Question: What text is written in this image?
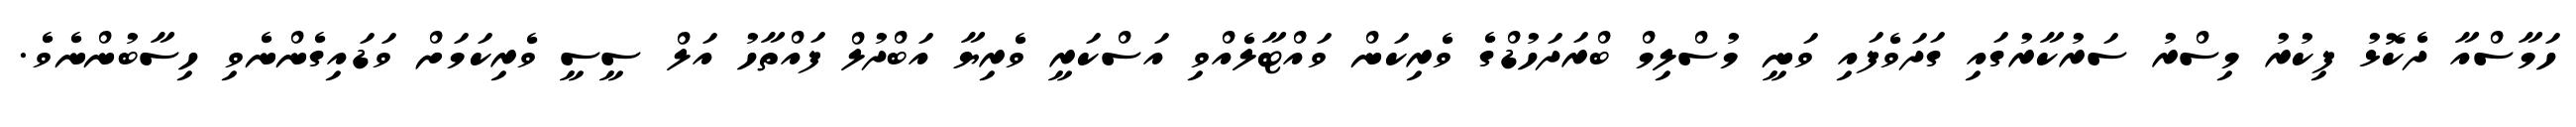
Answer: ހަމާސްއާ ދެކޮޅު ފިކުރު މިސްރު ސަރުކާރުގައި ގަދަވެފައި ވަނީ މުސްލިމް ބްރަދަހުޑްގެ ވެރިކަން ވައްޓާލެއްވި އަސްކަރީ ވެރިޔާ އަބްދުލް ފައްތާހު އަލް ސީސީ ވެރިކަމަށް ވަޑައިގެންނެވި ހިސާބުންނެވެ.